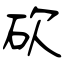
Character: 砍